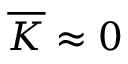
\overline { { K } } \approx 0